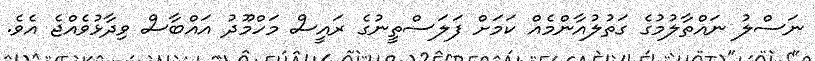
ނަސްލު ނައްތާލުމުގެ ގަތުލުއާންމެއް ކަމަށް ފަލަސްތީނުގެ ރައީސް މަހްމޫދު އައްބާސް ވިދާޅުވެއްޖެ އެވެ.